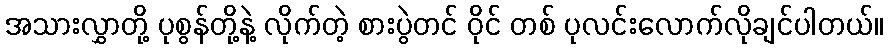
အသားလွှာတို့ ပုစွန်တို့နဲ့ လိုက်တဲ့ စားပွဲတင် ဝိုင် တစ် ပုလင်းလောက်လိုချင်ပါတယ်။